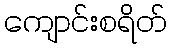
ကျောင်းစရိတ်